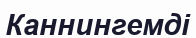
Каннингемді